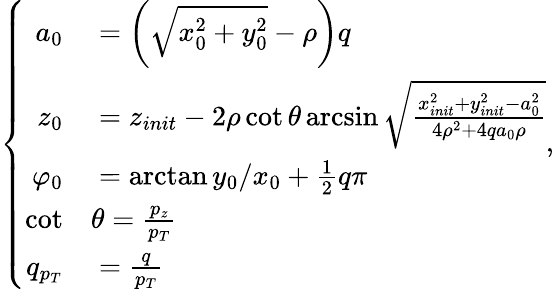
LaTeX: \left\{ \begin{array}{rl}{a_{0}}&{{}=\left(\sqrt{x_{0}^{2}+y_{0}^{2}}-\rho\right)q}\\ {z_{0}}&{{}=z_{init}-2\rho\cot{\theta}\arcsin{\sqrt{\frac{x_{init}^{2}+y_{init}^{2}-a_{0}^{2}}{4\rho^{2}+4qa_{0}\rho}}}}\\ {\varphi_{0}}&{{}=\arctan{y_{0}/x_{0}}+\frac{1}{2}q\pi}\\ {\cot}&{{}\theta=\frac{p_{z}}{p_{T}}}\\ {q_{p_{T}}}&{{}=\frac{q}{p_{T}}}\end{array}\right.,